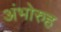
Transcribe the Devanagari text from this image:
अंभोरुह